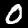
Label: 0